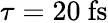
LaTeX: \tau=20\ \mathrm{fs}